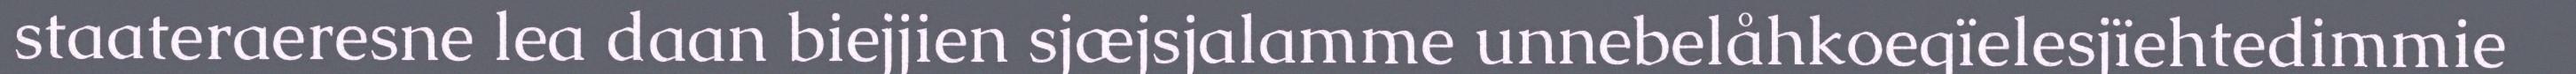
staateraeresne lea daan biejjien sjæjsjalamme unnebelåhkoegïelesjïehtedimmie